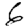
Digit: 6